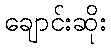
ချောင်းဆိုး